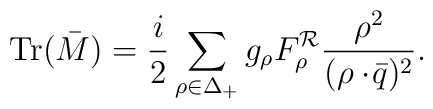
\mbox{Tr}(\bar{M})={i\over2}\sum_{\rho\in\Delta_+}g_{\rho}F_{\rho}^{\cal R}{\rho^2\over{(\rho\cdot\!\bar{q})^2}}.